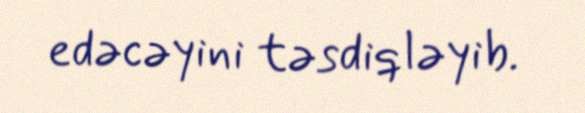
edəcəyini təsdiqləyib.